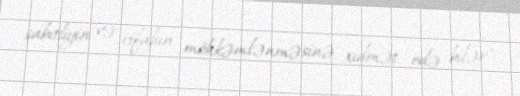
sabitliyin və rifahın möhkəmlənməsinə xidmət edə bilər".